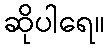
ဆိုပါရေ။